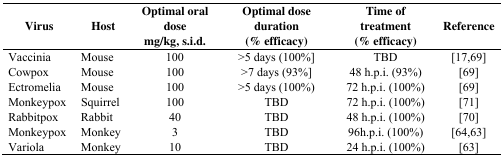
<table><thead><tr><td><b>Virus</b></td><td><b>Host</b></td><td><b>Optimal oral dose mg/kg, s.i.d.</b></td><td><b>Optimal dose duration (% efficacy)</b></td><td><b>Time of treatment (% efficacy)</b></td><td><b>Reference</b></td></tr></thead><tbody><tr><td>Vaccinia</td><td>Mouse</td><td>100</td><td>&gt;5 days (100%]</td><td>TBD</td><td>[17,69]</td></tr><tr><td>Cowpox</td><td>Mouse</td><td>100</td><td>&gt;7 days (93%]</td><td>48 h.p.i. (93%)</td><td>[69]</td></tr><tr><td>Ectromelia</td><td>Mouse</td><td>100</td><td>&gt;5 days (100%)</td><td>72 h.p.i. (100%)</td><td>[69]</td></tr><tr><td>Monkeypox</td><td>Squirrel</td><td>100</td><td>TBD</td><td>72 h.p.i. (100%)</td><td>[71]</td></tr><tr><td>Rabbitpox</td><td>Rabbit</td><td>40</td><td>TBD</td><td>48 h.p.i. (100%)</td><td>[70]</td></tr><tr><td>Monkeypox</td><td>Monkey</td><td>3</td><td>TBD</td><td>96h.p.i. (100%)</td><td>[64,63]</td></tr><tr><td>Variola</td><td>Monkey</td><td>10</td><td>TBD</td><td>24 h.p.i. (100%)</td><td>[63]</td></tr></tbody></table>